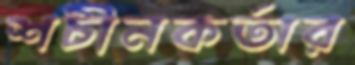
শচীনকর্তার